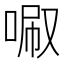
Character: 𠴪